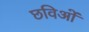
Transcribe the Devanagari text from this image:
छविओं